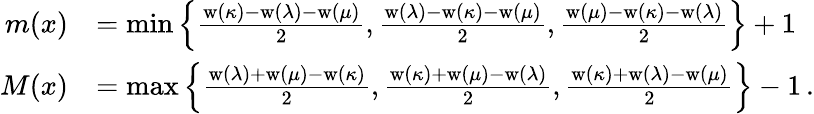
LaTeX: \begin{array}{rl}{m(x)}&{=\operatorname*{min}\left\{ \frac{\mathrm{w}(\kappa)-\mathrm{w}(\lambda)-\mathrm{w}(\mu)}{2},\frac{\mathrm{w}(\lambda)-\mathrm{w}(\kappa)-\mathrm{w}(\mu)}{2},\frac{\mathrm{w}(\mu)-\mathrm{w}(\kappa)-\mathrm{w}(\lambda)}{2}\right\} +1}\\ {M(x)}&{=\operatorname*{max}\left\{ \frac{\mathrm{w}(\lambda)+\mathrm{w}(\mu)-\mathrm{w}(\kappa)}{2},\frac{\mathrm{w}(\kappa)+\mathrm{w}(\mu)-\mathrm{w}(\lambda)}{2},\frac{\mathrm{w}(\kappa)+\mathrm{w}(\lambda)-\mathrm{w}(\mu)}{2}\right\} -1\, .}\end{array}